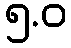
၅.ဝ